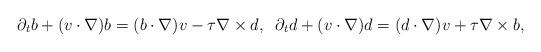
LaTeX: \begin{align*}\partial_t b +(v\cdot\nabla)b=(b\cdot\nabla)v-\tau\nabla\times d,\;\;\partial_t d +(v\cdot\nabla)d=(d\cdot\nabla)v+\tau\nabla\times b,\end{align*}